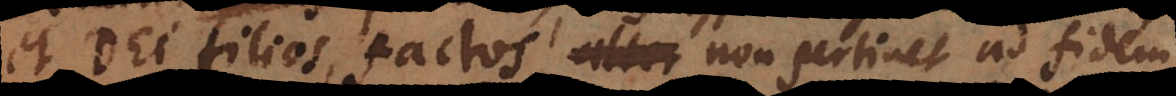
et Dei filios factos, non pertinet ad fidem